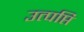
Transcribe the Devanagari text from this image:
उत्पप्ति